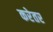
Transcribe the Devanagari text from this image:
करेतर